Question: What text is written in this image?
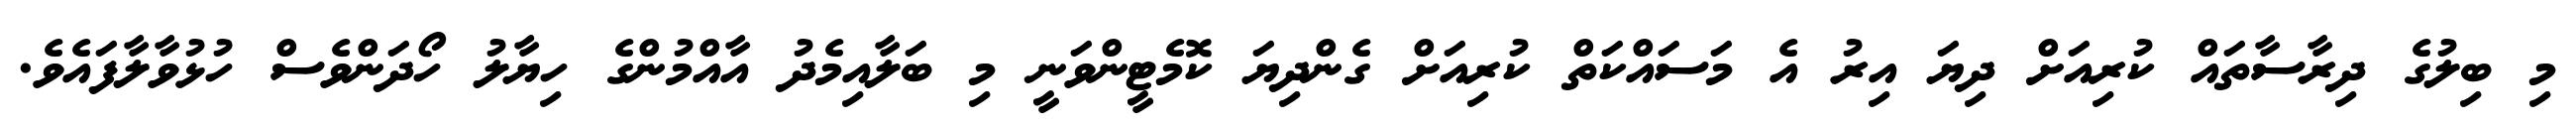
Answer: މި ބިލުގެ ދިރާސާތައް ކުރިއަށް ދިޔަ އިރު އެ މަސައްކަތް ކުރިއަށް ގެންދިޔަ ކޮމެޓީންވަނީ މި ބަލާއިމެދު އާއްމުންގެ ހިޔާލު ހޯދަންވެސް ހުޅުވާލާފައެވެ.